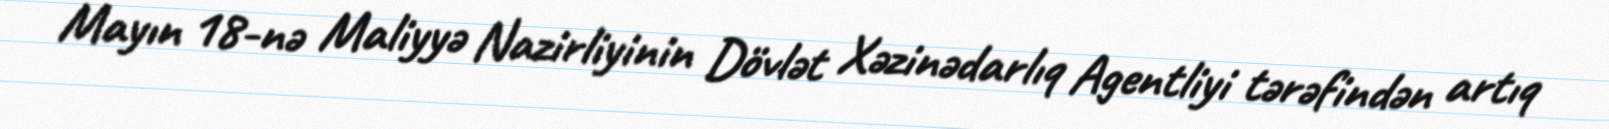
Mayın 18-nə Maliyyə Nazirliyinin Dövlət Xəzinədarlıq Agentliyi tərəfindən artıq